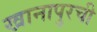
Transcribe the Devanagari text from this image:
खानापुरची